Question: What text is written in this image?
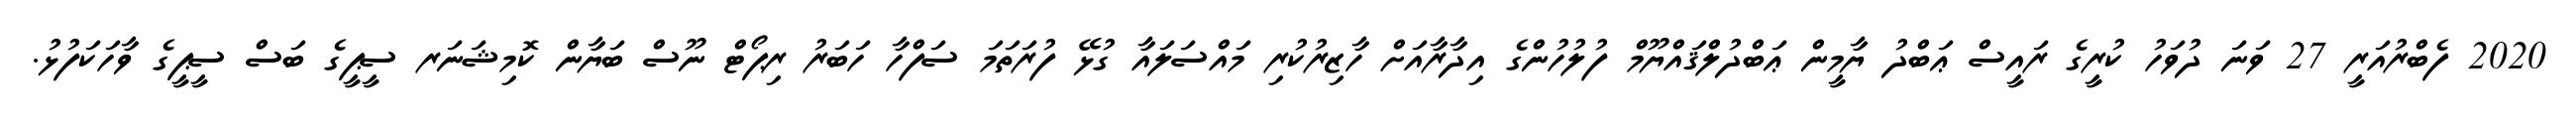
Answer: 2020 ފެބްރުއަރީ 27 ވަނަ ދުވަހު ކުރީގެ ރައީސް ޢަބްދު ޔާމީން ޢަބްދުލްޤައްޔޫމް ފުލުހުންގެ އިދާރާއަށް ހާޒިރުކުރި މައްސަލައާ ގުޅޭ ފުރަތަމަ ސަފްހާ ހަބަރު ރިޕޯޓް ނޫސް ބަޔާން ކޮމިޝަނަރ ސީޕީގެ ބަސް ސީޕީގެ ވާހަކަފުޅު.